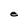
Character: e